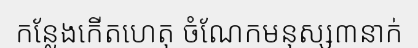
កន្លែងកើតហេតុ ចំណែកមនុស្ស៣នាក់